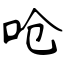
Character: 呛